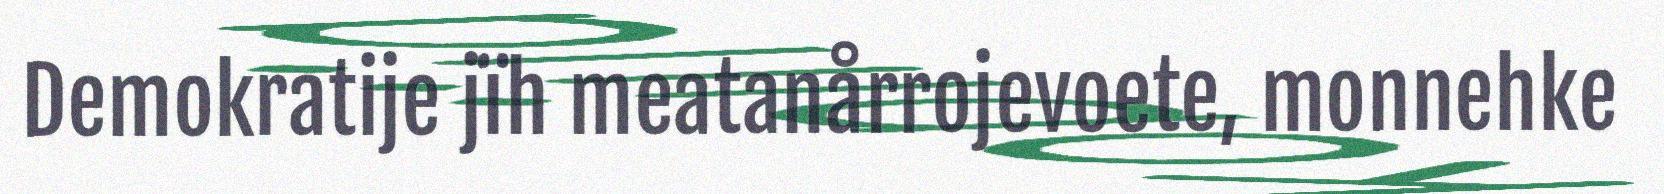
Demokratije jïh meatanårrojevoete, monnehke